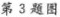
第3题图